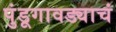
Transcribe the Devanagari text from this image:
पुंडूगावड्याचं